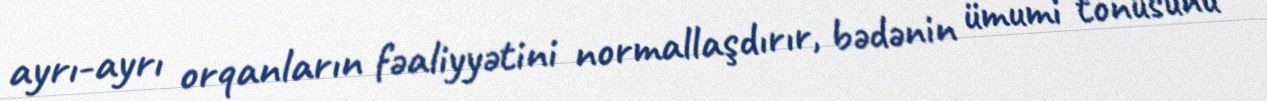
ayrı-ayrı orqanların fəaliyyətini normallaşdırır, bədənin ümumi tonusunu